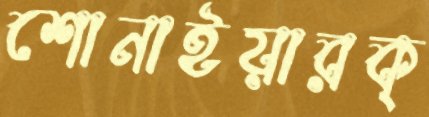
শোনাইয়ারক্